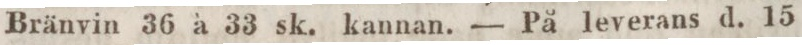
Bränvin 36 à 33 sk. kannan. — På leverans d. 15